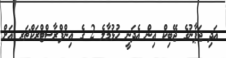
އަދި ޖަޕާނުގެ ޖޭބިކް އިން އެދަނީ ހުޅުމާލެ 2 ގެ އިންފްރާސްޓްރަކްޗަރ އަށް